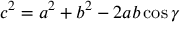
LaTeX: c ^ { 2 } = a ^ { 2 } + b ^ { 2 } - 2 a b \cos \gamma